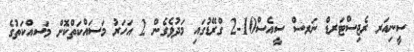
ސީނިއަރ ރެޖިސްޓަރޑް ނަރސް ސީއެސް10-2 ގްރޭޑުގައި މަދުވެގެން 2 އަހަރު މަސައްކަތްކޮށް މަސއްކަތުގެ